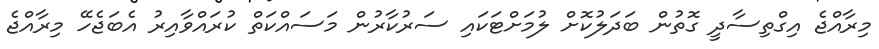
މިރާއްޖެ އިގްތިސާދީ ގޮތުން ބަދަލުކޮށް ލުމަށްޓަކައި ސަރުކާރުން މަސައްކަތް ކުރައްވާއިރު އެބަޖެހޭ މިރާއްޖެ